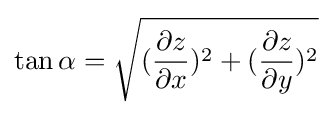
\tan \alpha ={\sqrt {({\frac {\partial z}{\partial x}})^{2}+({\frac {\partial z}{\partial y}})^{2}}}